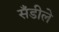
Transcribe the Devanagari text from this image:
सँडीले